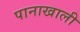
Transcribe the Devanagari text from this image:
पानाखाली